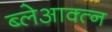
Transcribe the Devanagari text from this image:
ब्लेआक्त्न